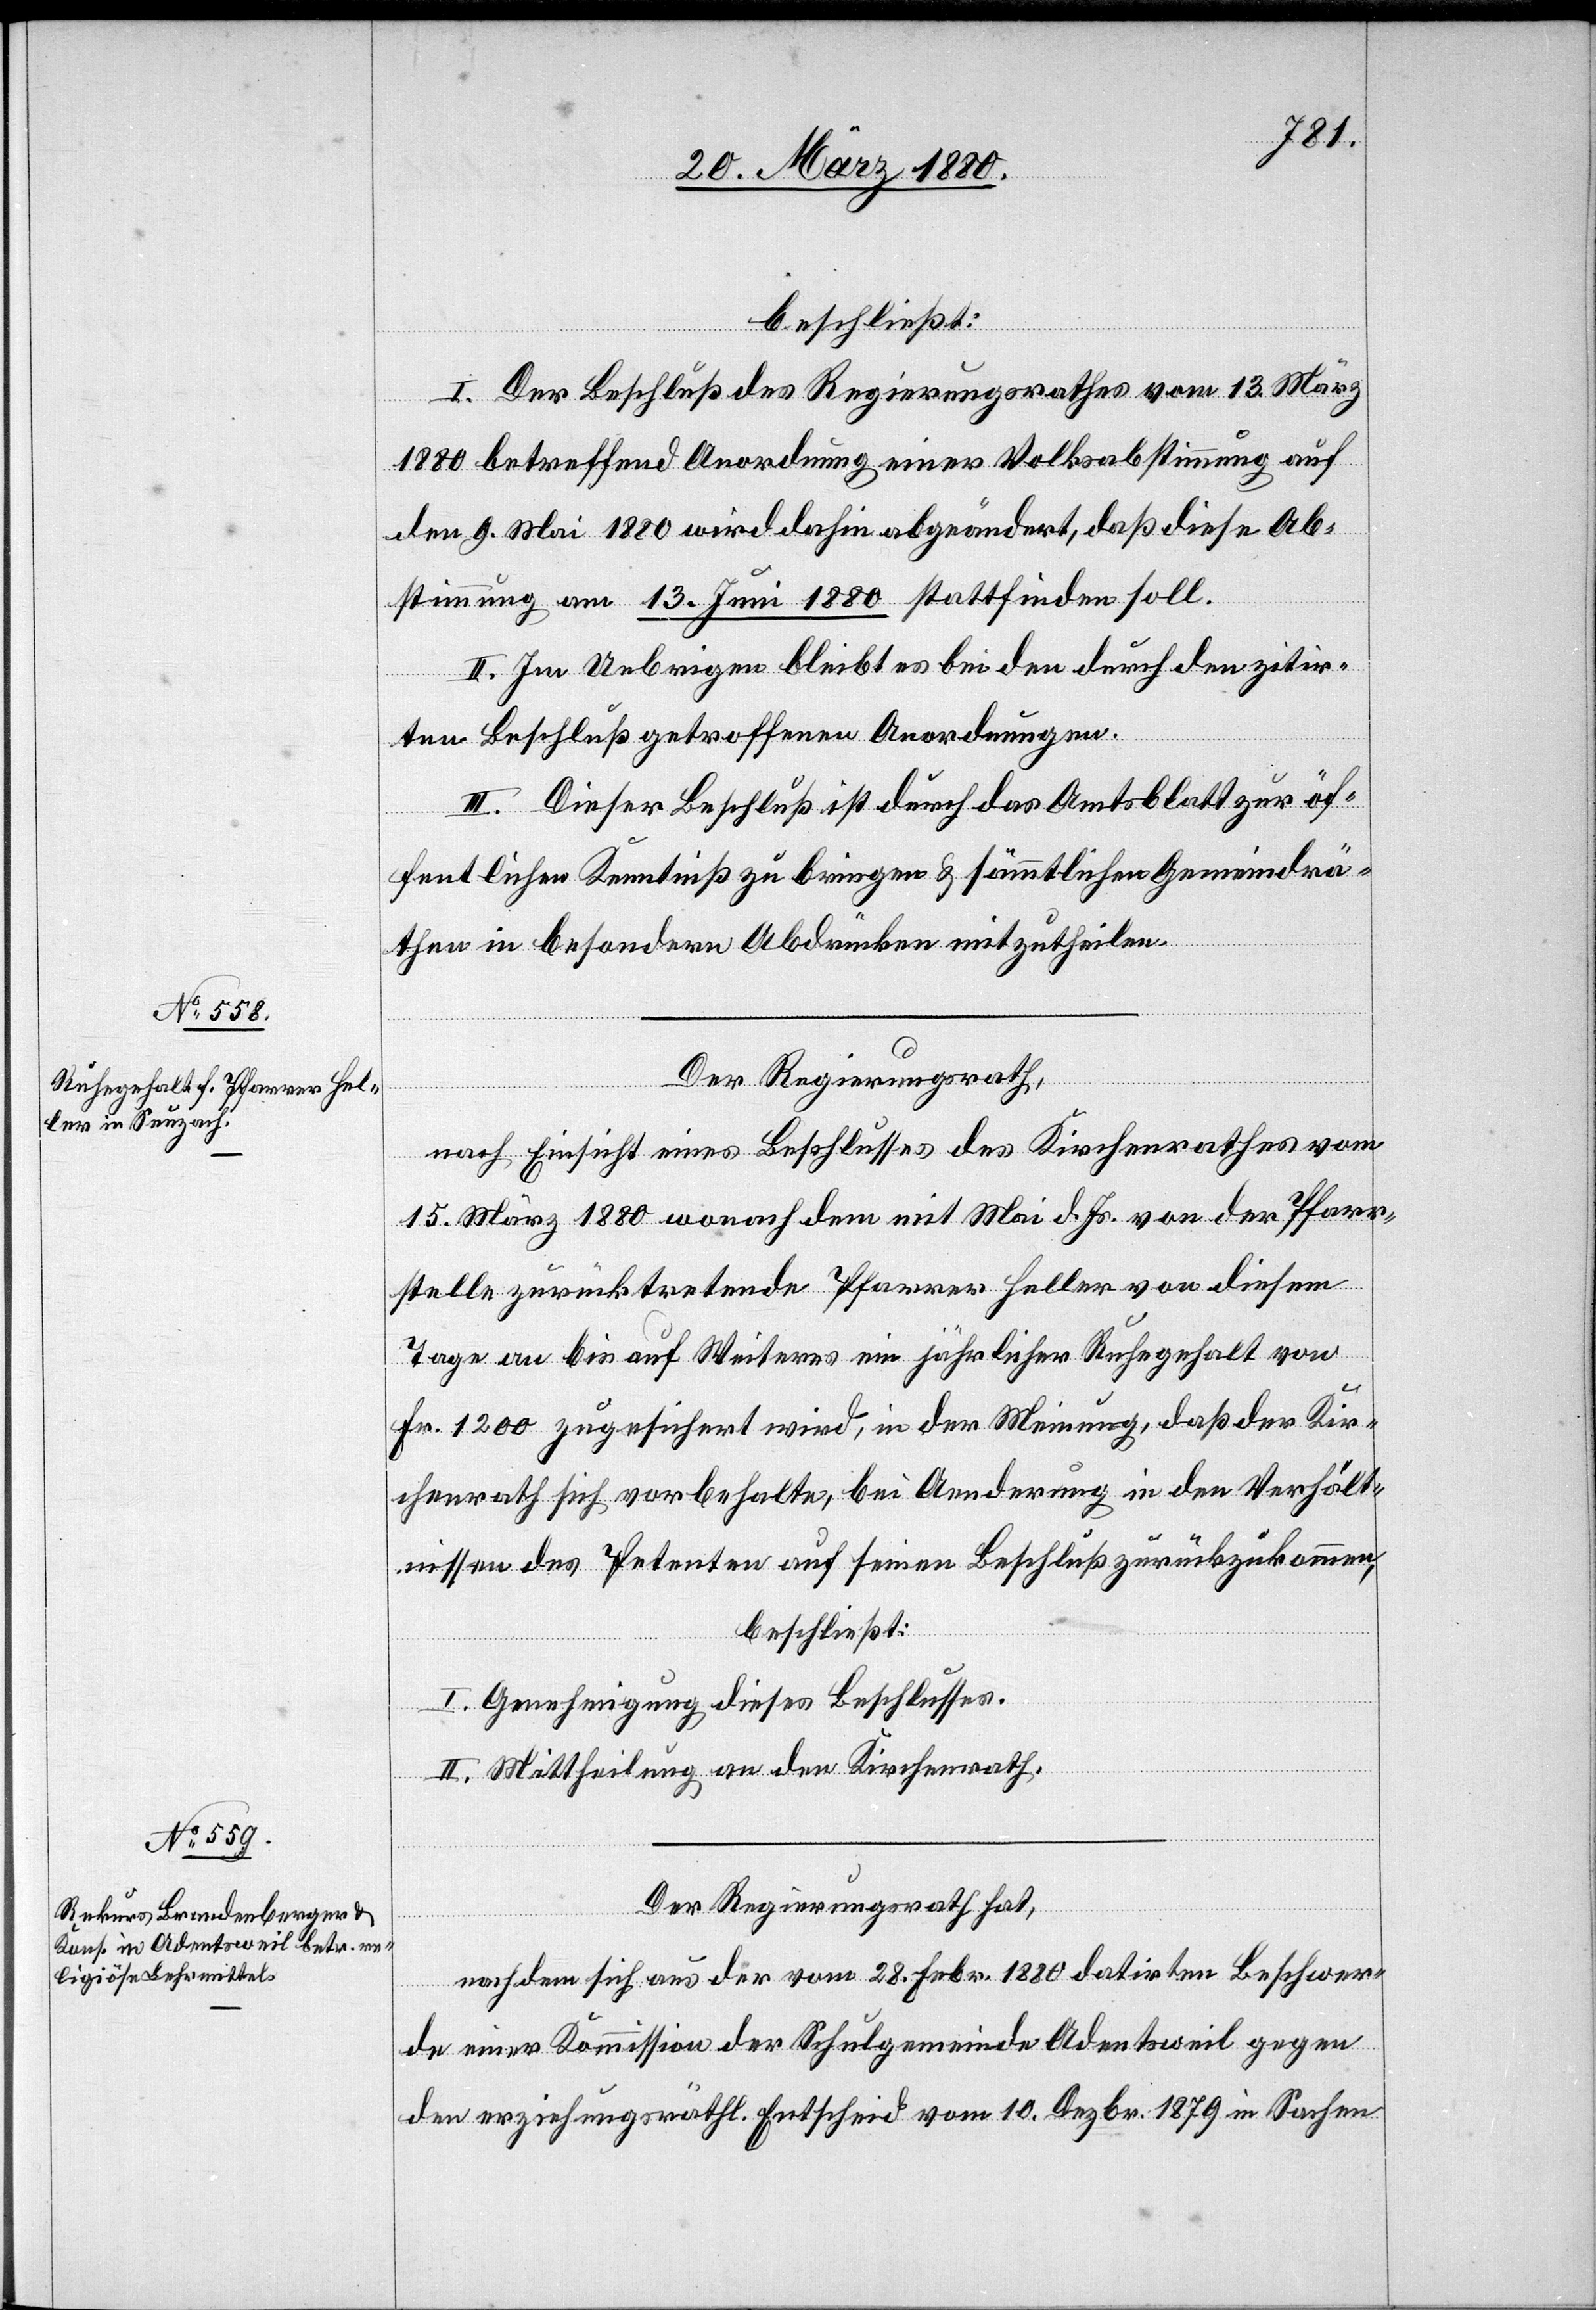
beschließt:
I. Der Beschluß des Regierungsrathes vom 13. März
1880 betreffend Anordnung einer Volksabstimmung auf
den 9. Mai 1880 wird dahin abgeändert, daß diese Ab¬
stimmung am 13. Juni 1880 stattfinden soll.
II. Im Uebrigen bleibt es bei den durch den zitir¬
ten Beschluß getroffenen Anordnungen.
III. Dieser Beschluß ist durch das Amtsblatt zur öf¬
fentlichen Kenntniß zu bringen & sämmtlichen Gemeindrä¬
then in besondern Abdrücken mitzutheilen.
Der Regierungsrath,
nach Einsicht eines Beschlusses des Kirchenrathes vom
15. März 1880 wonach dem mit Mai d. Js. von der Pfarr¬
stelle zurücktretenden Pfarrer Heller von diesem
Tage an bis auf Weiteres ein jährlicher Ruhegehalt von
Fr. 1200 zugesichert wird, in der Meinung, daß der Kir¬
chenrath sich vorbehalte, bei Aenderung in den Verhält¬
nissen des Petenten auf seinen Beschluß zurückzukommen,
beschließt:
I. Genehmigung dieses Beschlusses.
II. Mittheilung an den Kirchenrath.
Der Regierungsrath hat,
nachdem sich aus der vom 28. Febr 1880 datirten Beschwer¬
de einer Kommission der Schulgemeinde Adentsweil gegen
der erziehungsräthl. Entscheid vom 10. Dezbr. 1879 in Sachen